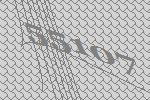
55107